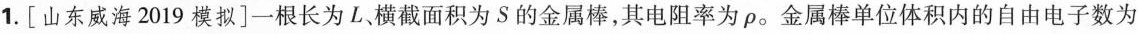
1.[山东威海2019模拟]一根长为L、横截面积为S的金属棒，其电阻率为ρ。金属棒单位体积内的自由电子数为